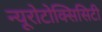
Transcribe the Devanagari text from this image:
न्यूरोटोक्सिसिटी